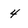
Character: 4